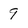
Character: 9